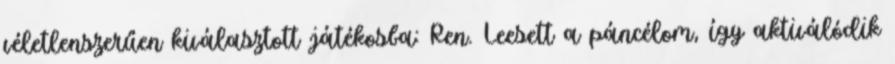
véletlenszerűen kiválasztott játékosba: Ren. Leesett a páncélom, így aktiválódik